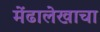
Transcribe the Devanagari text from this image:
मेंढालेखाचा